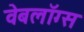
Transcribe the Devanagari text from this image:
वेबलॉग्स